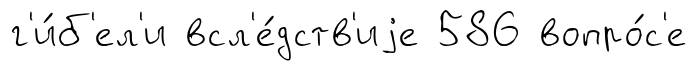
г'и́б'ел'и всл'е́дств'иjе 586 вопро́с'е